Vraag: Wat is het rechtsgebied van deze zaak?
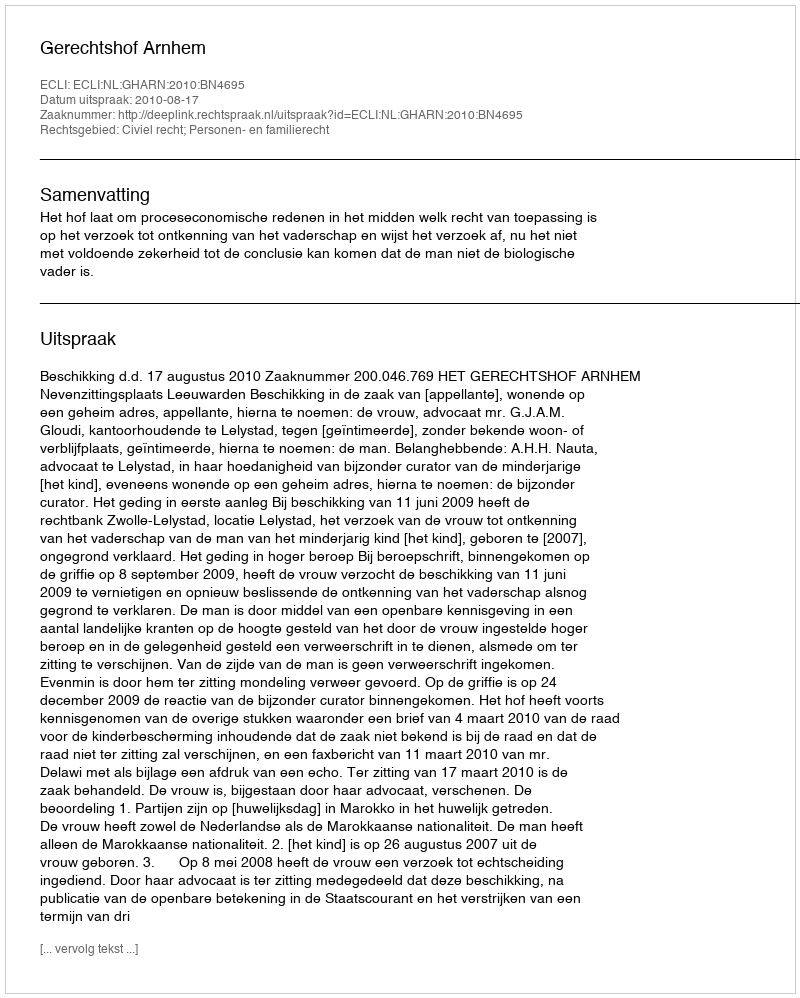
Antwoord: Civiel recht; Personen- en familierecht